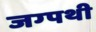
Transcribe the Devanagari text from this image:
जग्पथी